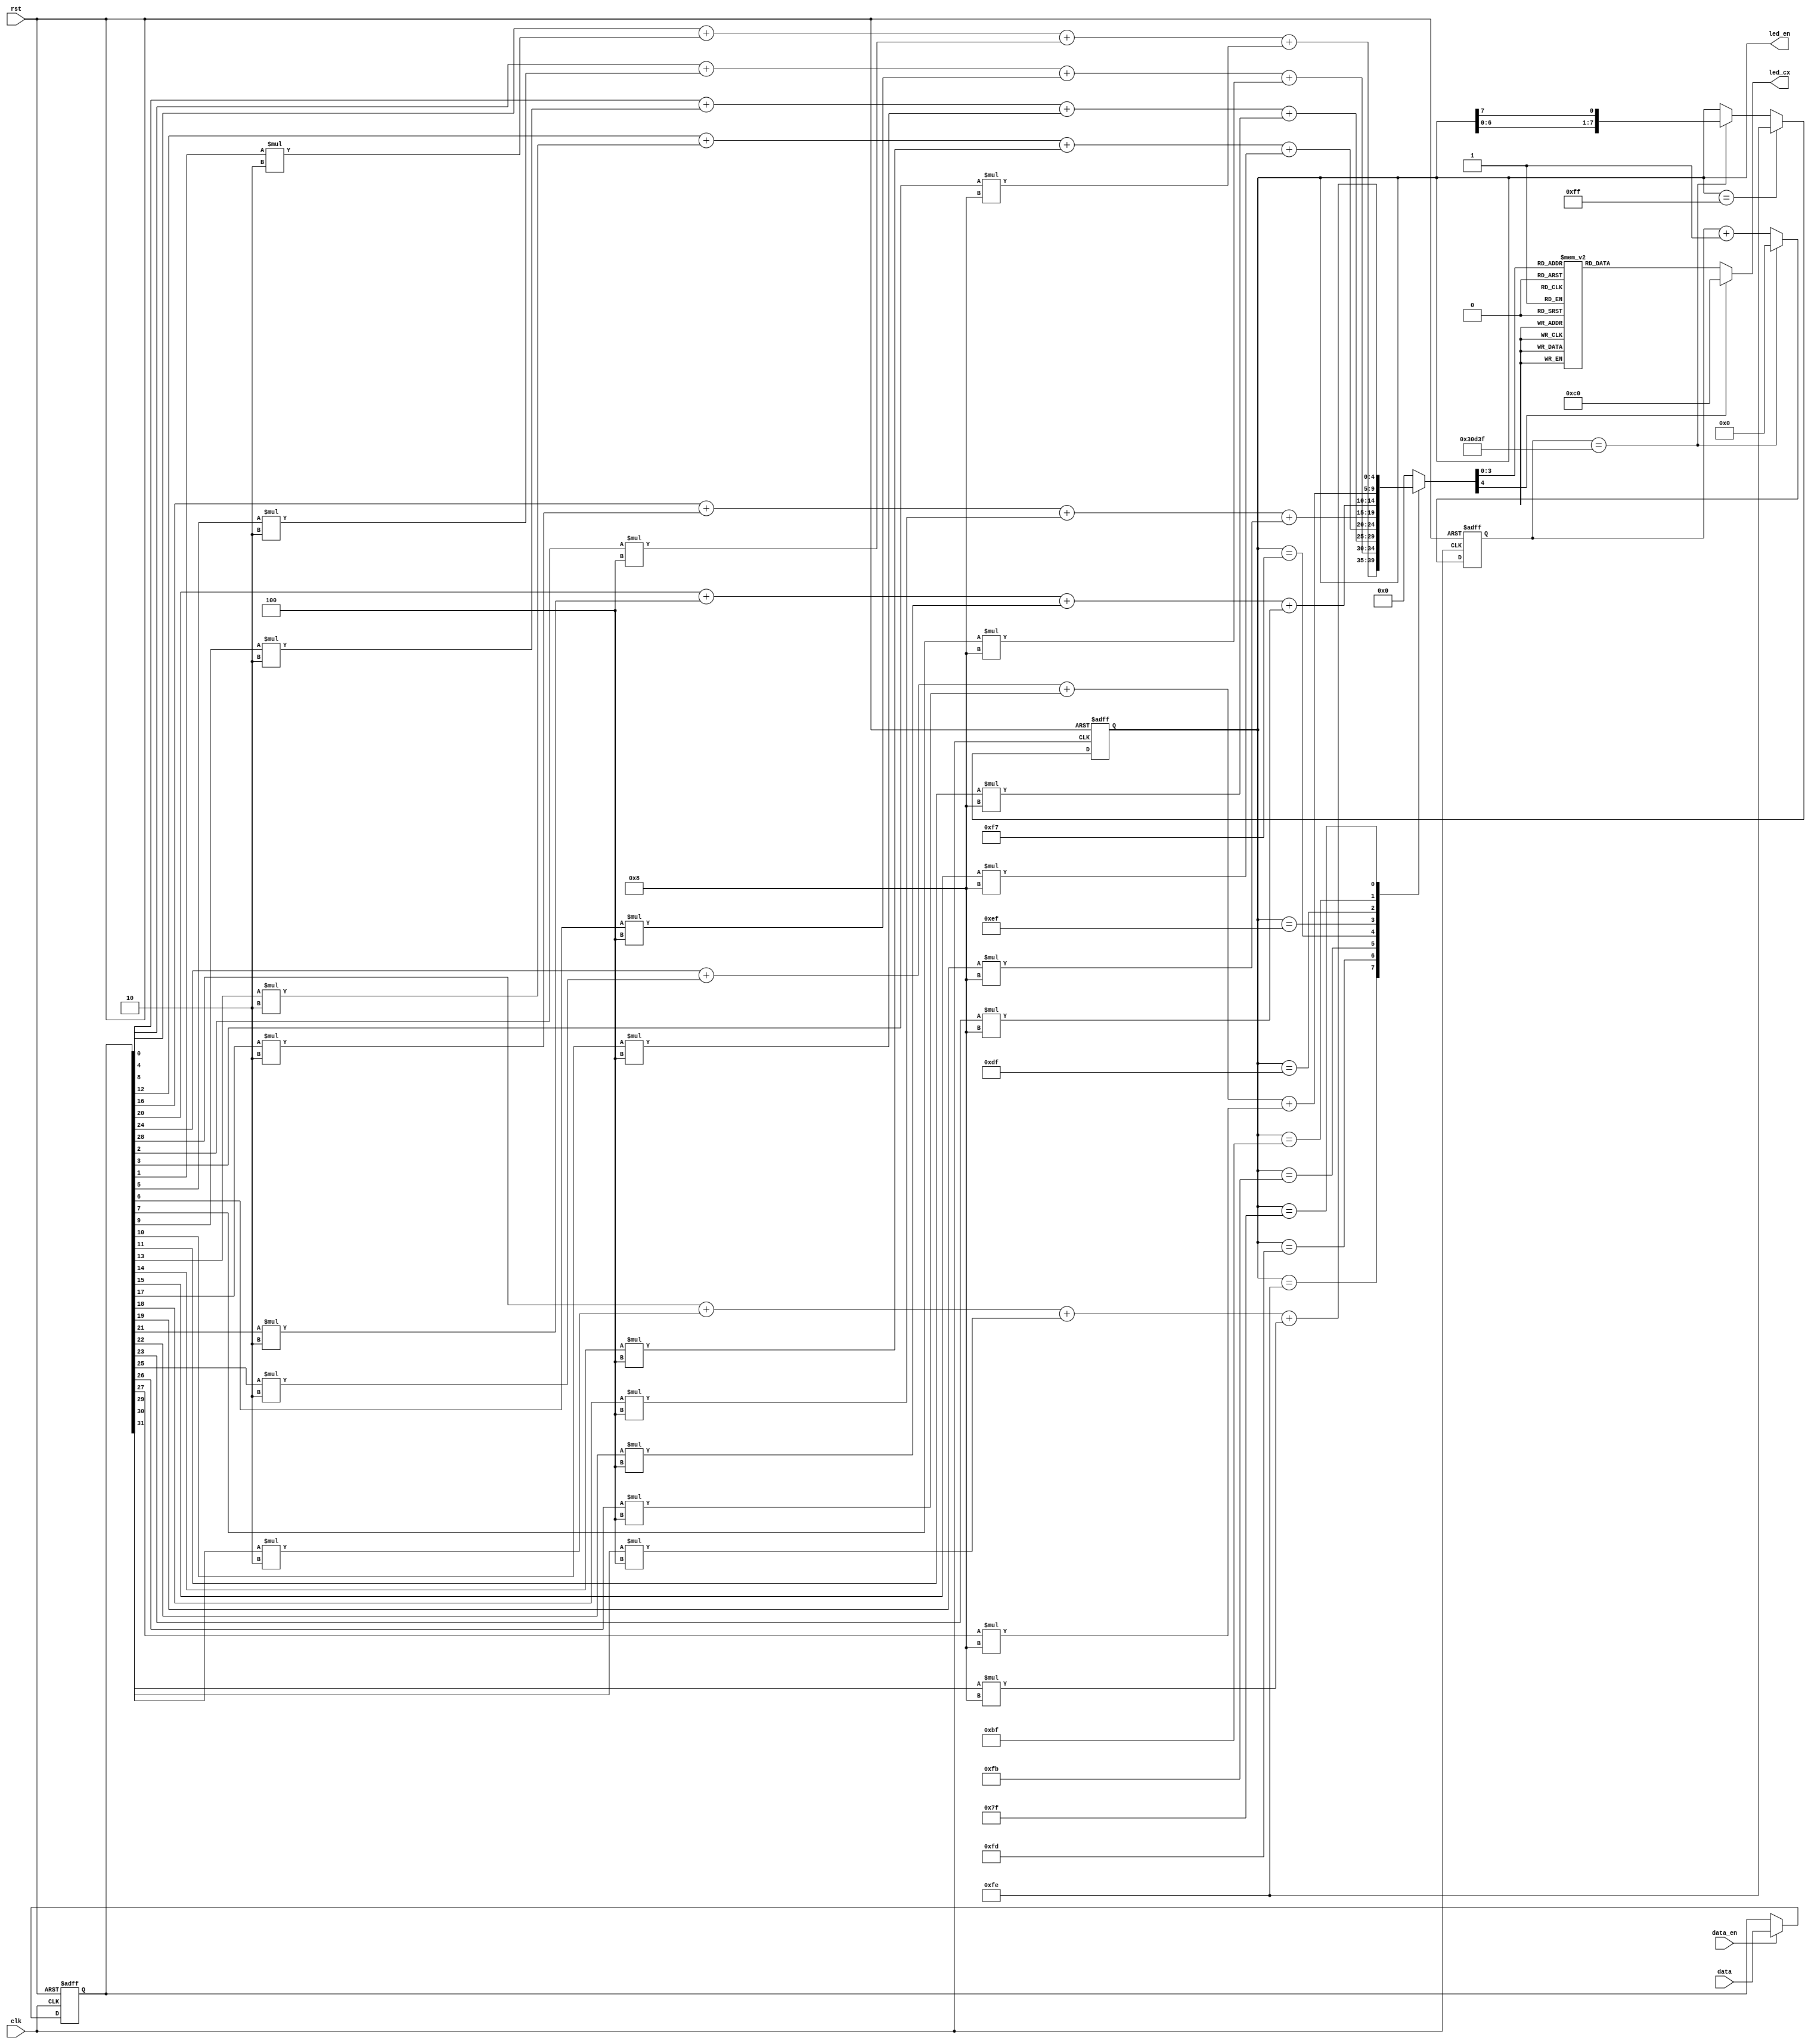
module display(
  input wire clk,
  input wire rst,
  input wire[31:0] data,
  input wire data_en,
  output reg[7:0] led_en,
  output reg[7:0] led_cx
);

reg[31:0] cnt;
reg[4:0] cx;
reg[31:0] mydata;
parameter T = 32'd199999;//2ms

parameter n0=8'b1_1000000,n1=8'b1_1111001,n2=8'b1_0100100,n3=8'b1_0110000,n4=8'b1_0011001,
n5=8'b1_0010010,n6=8'b1_0000010,n7=8'b1_1111000,n8=8'b1_0000000,n9=8'b1_0011000,n10=8'b1_0001000,n11=8'b1_0000011,n12=8'b1_0100111,n13=8'b1_0100001,n14=8'b1_0000110,n15=8'b1_0001110;

//mydata
always @(posedge clk or posedge rst) begin
  if(rst) mydata<=0;
  else if(data_en) mydata<=data;
  else mydata<=mydata;
end

//2ms???
always @(posedge clk or posedge rst) begin//???2ms
  if(rst) cnt<=0;
  else if(cnt == T) cnt <= 0;
  else cnt <= cnt + 1'd1;
end

//
always @(posedge clk or posedge rst) begin
  if(rst) led_en<=8'b1111_1111;
  else if(led_en == 8'b1111_1111) led_en<=8'b1111_1110;
  else if(cnt == T) led_en<={led_en[6:0], led_en[7]}; 
  else  led_en <=led_en;
end

//cx??
always @(*) begin
  case(led_en)
    8'b1111_1110:cx = mydata[0]+mydata[1]*2+mydata[2]*4+mydata[3]*8;  //mydata[3:0]
    8'b1111_1101:cx = mydata[4]+mydata[5]*2+mydata[6]*4+mydata[7]*8;
    8'b1111_1011:cx = mydata[8]+mydata[9]*2+mydata[10]*4+mydata[11]*8;
    8'b1111_0111:cx = mydata[12]+mydata[13]*2+mydata[14]*4+mydata[15]*8;
    8'b1110_1111:cx = mydata[16]+mydata[17]*2+mydata[18]*4+mydata[19]*8;
    8'b1101_1111:cx = mydata[20]+mydata[21]*2+mydata[22]*4+mydata[23]*8;
    8'b1011_1111:cx = mydata[24]+mydata[25]*2+mydata[26]*4+mydata[27]*8;
    8'b0111_1111:cx = mydata[28]+mydata[29]*2+mydata[30]*4+mydata[31]*8;
    default:cx=5'd0;
  endcase
end

//?cxled_cx
always @(*) begin
  case(cx)
    5'd0:led_cx=n0;
    5'd1:led_cx=n1;
    5'd2:led_cx=n2;
    5'd3:led_cx=n3;
    5'd4:led_cx=n4;
    5'd5:led_cx=n5;
    5'd6:led_cx=n6;
    5'd7:led_cx=n7;
    5'd8:led_cx=n8;
    5'd9:led_cx=n9;
    5'd10:led_cx=n10;
    5'd11:led_cx=n11;
    5'd12:led_cx=n12;
    5'd13:led_cx=n13;
    5'd14:led_cx=n14;
    5'd15:led_cx=n15;
    default:led_cx=n0;
  endcase
end

endmodule